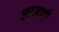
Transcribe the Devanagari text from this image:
झाडणी